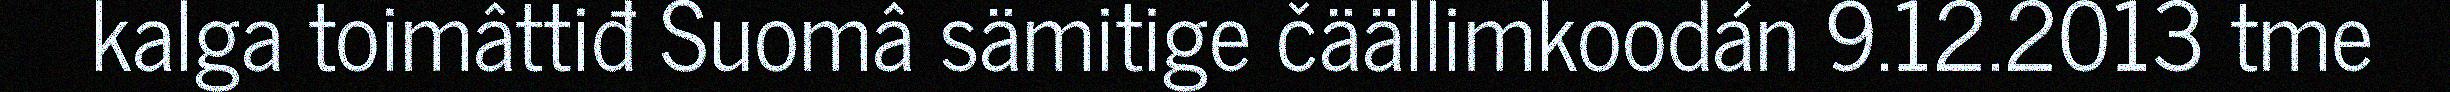
kalga toimâttiđ Suomâ sämitige čäällimkoodán 9.12.2013 tme